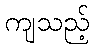
ကျသည့်